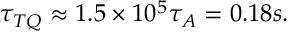
\tau _ { T Q } \approx 1 . 5 \times 1 0 ^ { 5 } \tau _ { A } = 0 . 1 8 s .